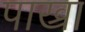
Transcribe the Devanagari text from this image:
पाख्रा